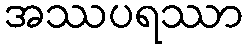
အဿပရဿာ